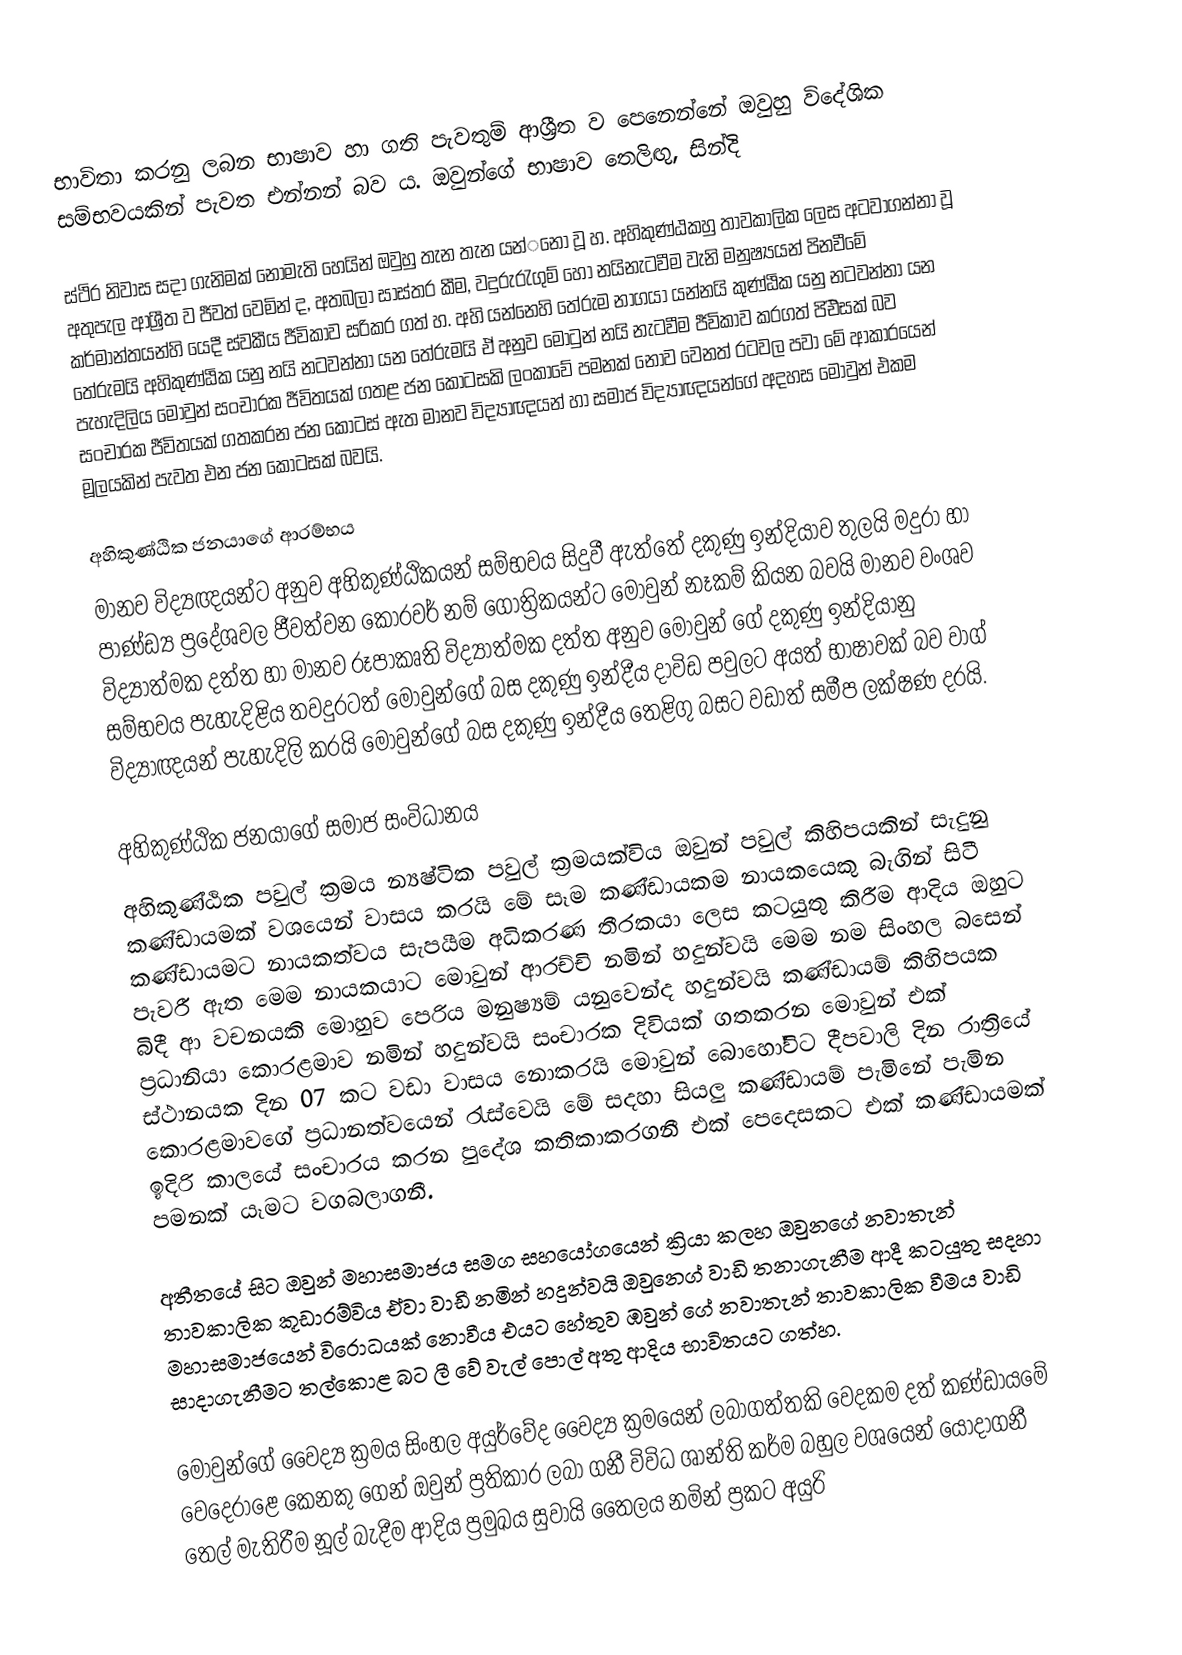
භාවිතා කරනු ලබන භාෂාව හා ගති පැවතුම් ආශ්‍රීත ව ‌පෙ‌නෙන්‌නේ ඔවුහු වි‌දේශික සම්භවයකින් පැවත එන්නන් බව ය. ඔවුන්‌ගේ භාෂාව ‌තෙලිඟු, සින්දි

ස්ථිර නිවාස සදා ගැනිමක් ‌නොමැති හෙයින් ඔවුහු තැන තැන යන්‌‌නෝ වූ හ.‌ අහිකුණ්ඨකහු තාවකාලික ‌ලෙස අටවාගන්නා වූ අතුපැල ආශ්‍රීත ව ජීවත් ‌වෙමින් ද, අතබලා සාස්තර කීම, වදුරුරැගුම් ‌හෝ නයිනැටවීම වැනි මනුෂ්‍යයන් පිනවීමේ කර්මාන්තයන්හි යෙදී ස්වකීය ජීවිකාව සරිකර ගත් හ. අහි යන්නෙහි තේරුම නාගයා යන්නයි කුණ්ඨික යනු නටවන්නා යන තේරුමයි අහිකුණ්ඨික යනු නයි නටවන්නා යන තේරුමයි ඒ අනුව මොටුන් නයි නැටවීම ජීවිකාව කරගත් පිඑිසක් බව පැහැදිලිය මොවුන් සංචාරක ජීවිතයක් ගතළ ජන කොටසකි ලංකාවේ පමනක් නොව වෙනත් රටවල පවා මේ ආකාරයෙන් සංචාරක ජීවිතයක් ගතකරන ජන කොටස් ඇත මානව විද්‍යාඥයන් හා සමාජ විද්‍යාඥයන්ගේ අදහස මොවුන් එකම මූලයකින් පැවත එන ජන කොටසක් බවයි.

අහිකුණ්ඨික ජනයාගේ ආරම්භය
මානව විද්‍යඥයන්ට අනුව අහිකුණ්ඨිකයන් සම්භවය සිදුවී ඇත්තේ දකුණු ඉන්දියාව තුලයි මදුරා හා පාණ්ඩ්‍ය ප්‍රදේශවල ජීවත්වන කොරවර් නම් ගෝත්‍රිකයන්ට මොවුන් නෑකම් කියන බවයි මානව වංශව විද්‍යාත්මක දත්ත හා මානව රූපාකෘති විද්‍යාත්මක දත්ත අනුව මොවුන් ගේ දකුණු ඉන්දියානු සම්භවය පැහැදිළිය තවදුරටත් මොවුන්ගේ බස දකුණු ඉන්දීය දාවිඩ පවුලට අයත් භාෂාවක් බව වාග් විද්‍යාඥයන් පැහැදිලි කරයි මොවුන්ගේ බස දකුණු ඉන්දීය තෙළිගු බසට වඩාත් සමීප ලක්ෂණ දරයි.

අහිකුණ්ඨික ජනයාගේ සමාජ සංවිධානය
අහිකුණ්ඨික පවුල් ක්‍රමය න්‍යෂ්ටික පවුල් ක්‍රමයක්විය ඔවුන් පවුල් කිහිපයකින් සැදුනු කණ්ඩායමක් වශයෙන් වාසය කරයි මේ සෑම කණ්ඩායකම නායකයෙකු බැගින් සිටී කණ්ඩායමට නායකත්වය සැපයීම අධිකරණ තීරකයා ලෙස කටයුතු කිරීම ආදිය ඔහුට පැවරී ඇත මෙම නායකයාට මොවුන් ආරච්චි නමින් හදුන්වයි මෙම නම සිංහල බසෙන් බිදී ආ වචනයකි මොහුව පෙරිය මනුෂ්‍යම් යනුවෙන්ද හදුන්වයි කණ්ඩායම් කිහිපයක ප්‍රධානියා කොරළමාව නමින් හදුන්වයි සංචාරක දිවියක් ගතකරන මොවුන් එක් ස්ථානයක දින 07 කට වඩා වාසය නොකරයි මොවුන් බොහෝවිට දීපවාලි දින රාත්‍රියේ කොරළමාවගේ ප්‍රධානත්වයෙන් රැස්වෙයි මේ සදහා සියලු කණ්ඩායම් පැමිනේ පැමින ඉදිරි කාලයේ සංචාරය කරන පුදේශ කතිකාකරගනී එක් පෙදෙසකට එක් කණ්ඩායමක් පමනක් යෑමට වගබලාගනී.

අතීතයේ සිට ඔවුන් මහාසමාජය සමග සහයෝගයෙන් ක්‍රියා කලහ ඔවුනගේ නවාතැන් තාවකාලික කූඩාරම්විය ඒවා වාඩී නමින් හදුන්වයි ඔවුනෙග් වාඩි තනාගැනීම ආදී කටයුතු සදහා මහාසමාජයෙන් විරොධයක් නොවීය එයට හේතුව ඹවුන් ගේ නවාතැන් තාවකාලික වීමය වාඩි සාදාගැනීමට තල්කොළ බට ලී වේ වැල් පොල් අතු ආදිය භාවිතයට ගත්හ.

මොවුන්ගේ වෛද්‍ය ක්‍රමය සිංහල අයුර්වේද වෛද්‍ය ක්‍රමයෙන් ලබාගත්තකි වෙදකම දත් කණ්ඩායමේ වෙදෙරාළෙ කෙනකු ගෙන් ඔවුන් ප්‍රතිකාර ලබා ගනී විවිධ ශාන්ති කර්ම බහුල වශයෙන් යොදාගනී තෙල් මැතිරීම නූල් බැදීම ආදිය ප්‍රමුඛය සුවායි තෛලය නමින් ප්‍රකට අයුරි